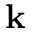
\mathbf { k }